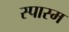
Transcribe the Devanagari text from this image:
स्पास्म